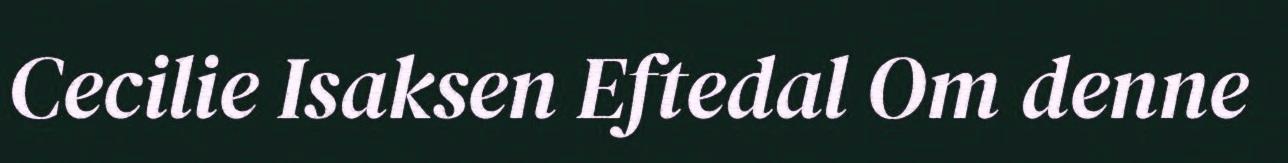
Cecilie Isaksen Eftedal Om denne